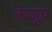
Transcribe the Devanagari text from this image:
कंजूष